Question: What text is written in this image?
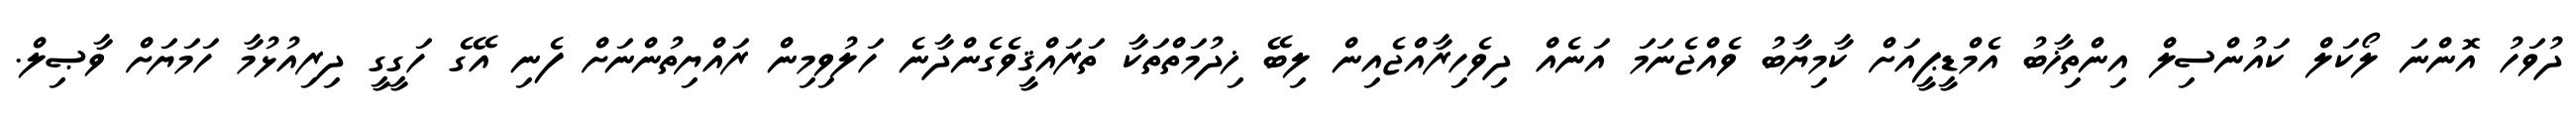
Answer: ދުވަހު އޮންނަ ލޯކަލް ކައުންސިލް އިންތިޚާބު އެމްޑީޕީއަށް ކާމިޔާބު ވެއްޖެނަމަ އަނެއް ދިވެހިރާއްޖެއިން ލިބޭ ޚިދުމަތްތަކާ ތަރައްޤީވެގެންދާނެ ހަލުވިމިން ރައްޔިތުންނަށް ފެނި އޭގެ ހަގީގީ ދިރިއުޅުމާ ހަމަޔަށް ވާޞިލް.